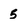
Character: 5